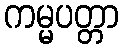
ကမ္မပတ္တာ